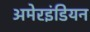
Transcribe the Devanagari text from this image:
अमेरइंडियन